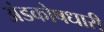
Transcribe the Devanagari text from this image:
अंडकोषधारी